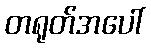
တရုတ်အပေါ်